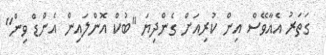
ގަތަރު އެއާވޭސް އިން ކުރިއަށް ގެންދިޔަ "ބުކް އޮންލައިން އެންޑް ވިން"